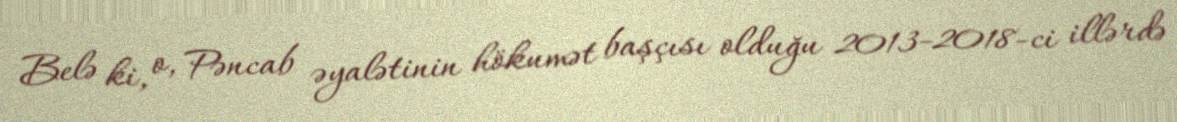
Belə ki, o, Pəncab əyalətinin hökumət başçısı olduğu 2013-2018-ci illərdə